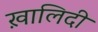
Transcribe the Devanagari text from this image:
ख़ालिदी